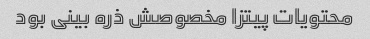
محتویات پیتزا مخصوصش ذره بینی بود